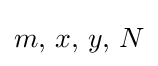
m,\,x,\,y,\,N